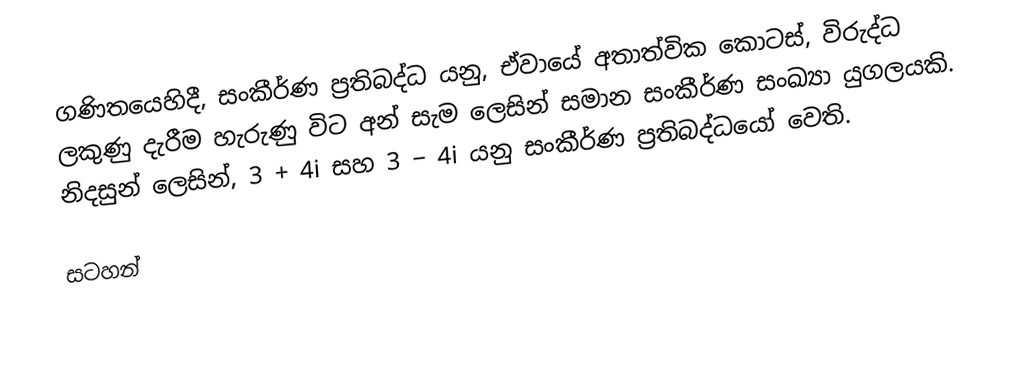
ගණිතයෙහිදී, සංකීර්ණ ප්‍රතිබද්ධ යනු, ඒවායේ අතාත්වික කොටස්, විරුද්ධ ලකුණු දැරීම හැරුණු විට අන් සැම ලෙසින් සමාන සංකීර්ණ සංඛ්‍යා යුගලයකි. නිදසුන් ලෙසින්,  3 + 4i   සහ 3 − 4i  යනු සංකීර්ණ ප්‍රතිබද්ධයෝ වෙති.

සටහන්